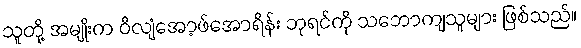
သူတို့ အမျိုးက ဝီလျံအော့ဖ်အောရိန်း ဘုရင်ကို သဘောကျသူများ ဖြစ်သည်။